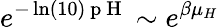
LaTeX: e^{-\ln(10)\mathrm{~p~H~}}\sim e^{\beta\mu_{H}}